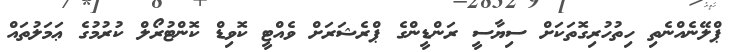
ޕްލޭނެއްނެތި ހިތުހުރިގޮތަކަށް ސިޔާސީ ރަންޑީންގެ ޕްރެޝަރަށް ވެއްޓީ ކޮވިޑް ކޮންޓުރޯލް ކުރުމުގެ ޢަމަލުތައް